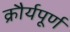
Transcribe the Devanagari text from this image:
क्रौर्यपूर्ण